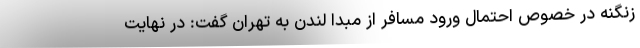
زنگنه در خصوص احتمال ورود مسافر از مبدا لندن به تهران گفت: در نهایت